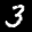
Label: 3